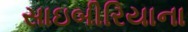
સાઇબીરિયાના